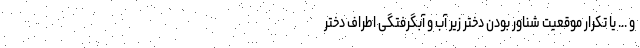
و ... یا تکرار موقعیت شناور بودن دختر زیر آب و آبگرفتگی اطراف دختر